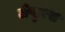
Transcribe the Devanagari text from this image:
लेप्टुरस